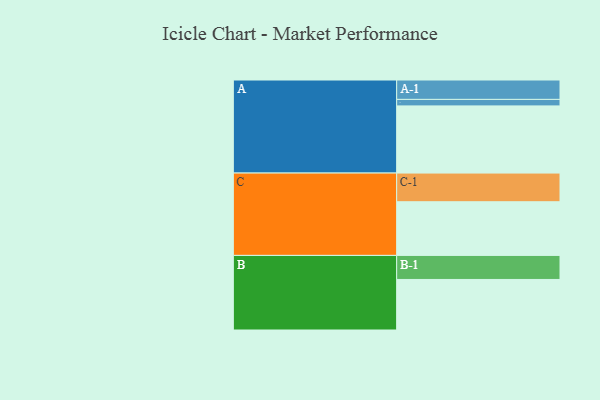
{"axis": {"x": "Segment", "y": "Value"}, "legend": ["", "A", "B", "C"], "data": [{"x": "A", "y": 578, "type": ""}, {"x": "B", "y": 435, "type": ""}, {"x": "C", "y": 462, "type": ""}, {"x": "A-1", "y": 167, "type": "A"}, {"x": "A-2", "y": 56, "type": "A"}, {"x": "B-1", "y": 207, "type": "B"}, {"x": "C-1", "y": 247, "type": "C"}]}